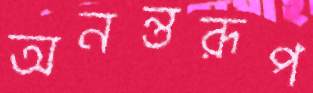
অনন্তরূপ